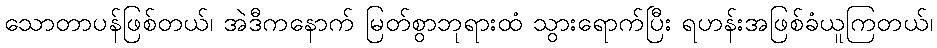
သောတာပန်ဖြစ်တယ်၊ အဲဒီကနောက် မြတ်စွာဘုရားထံ သွားရောက်ပြီး ရဟန်းအဖြစ်ခံယူကြတယ်၊